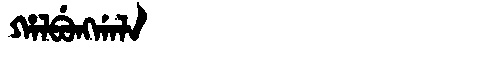
Manchu: ᡥᠠᠯᠪᡠᠩᡤᠠᠯᠠ
Romanization: HALBUNGGALA